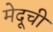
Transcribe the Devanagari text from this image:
मेदूची